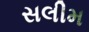
સલીમ